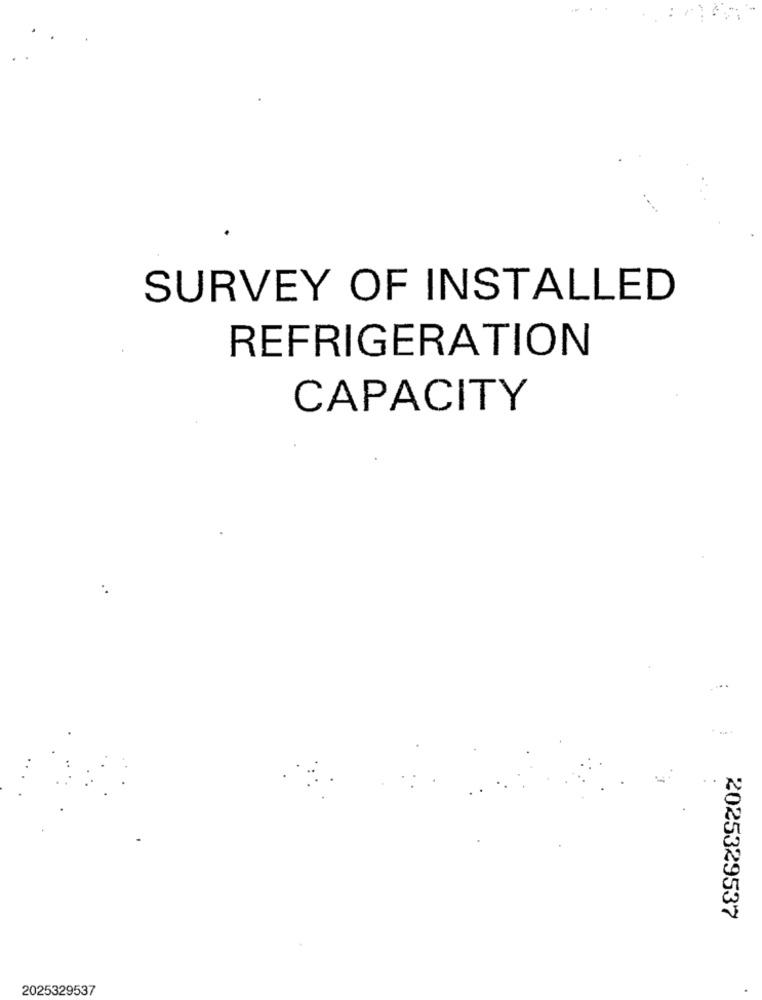
SURVEY OF INSTALLED
REFRIGERATION
CAPACITY
2025329537
2025329537